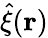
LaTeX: \hat{\xi}(\mathbf{r})